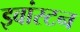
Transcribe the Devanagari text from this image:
इवांस्टन